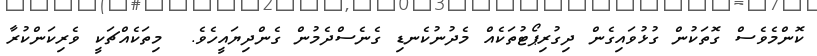
ކޮންމެވެސް ގޮތަކުން ގުޅުވައިގެން ދިގުރިޕޯޓުތަކެއް މެދުނުކެނޑި ގެނެސްދެމުން ގެންދިޔައީހެވެ.  މިތަކެއްޗަކީ ވެރިކަންކުރާ